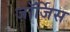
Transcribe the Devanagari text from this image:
जॉर्जिस